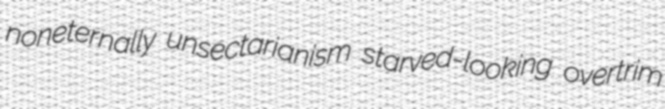
noneternally unsectarianism starved-looking overtrim